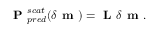
\textbf { P } _ { p r e d } ^ { s c a t } ( \delta \textbf { m } ) = \textbf { L } \delta \textbf { m } .